Vaccination in Bombay 1902-1912 - 1902-1912
Year: 1902
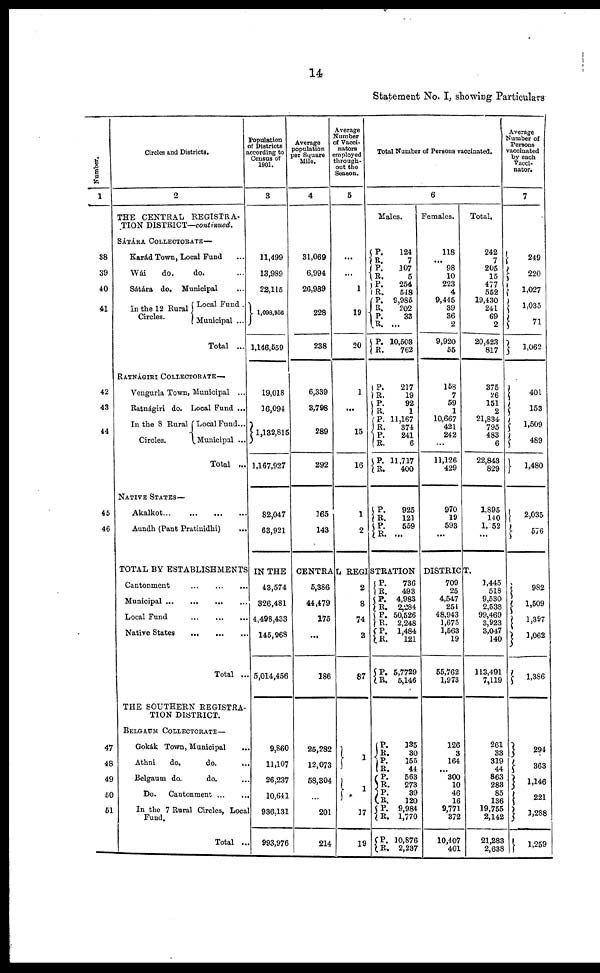
14
Statement No. I, showing Particulars
Number.
1
38
39
40
41
42
43
44
45
46
47
48
49
50
51
Circles and Districts.
2
THE CENTRAL REGISTRA-
TION DISTRICT—continued.
SÁTÁRA COLLECTORATE—
Karád Town, Local Fund ...
Wái
do.
do. ...
Sátára do. Municipal ...
In the 12 Rural
Circles.
Local Fund .
Municipal ...
Total ...
RATNÁGIRI COLLECTORATE—
Vengurla Town, Municipal ...
Ratnágiri do. Local Fund ...
In the 8 Rural
Circles.
Local Fund...
Municipal ...
Total ...
NATIVE STATES—
Akalkot...
...
...
...
Aundh (Pant Pratinidhi) ...
Population
of Districts
according to
Census of
1901.
3
11,499
13,989
22,115
1,098,956
1,146,559
19,018
16,094
1,132,815
1,167,927
82,047
63,921
Average
population
per Square
Mile.
4
31,069
6,994
26,989
228
238
6,339
3,798
289
292
165
143
Average
Number
of Vacci¬
nators
employed
through¬
out the
Season.
5
...
...
1
19
20
1
...
15
16
1
2
Total Number of Persons vaccinated.
6
Males.
P.
R.
P.
R.
P.
R.
P.
R. P.
R.
P.
R.
124
7
107
5
254
548
9,985
202
33
...
10,503
762
P.
R.
P. R.
P.
R.
P.
R.
P. R.
217
19
92
1
11,167
374
241
6
11,717
400
P.
R.
P.
R.
925
121
559
...
Females.
118
... 98
10
223
4
9,445
39
36
2
9,920
55
158
7
59
1
10,667
421
242
...
11,126
429
970
19
593
...
Total.
242
7
205
15
477
552
19,430
241
69
2
20,423
817
375
26
151
2
21,834
795
483
6
22,843
829
1,895
140
1,152
...
Average
Number of
Persons
vaccinated
by each
Vacci¬
nator.
7
249
220
1,027
1,035
71
1,062
401
153
1,509
489
1,480
2,035
576
TOTAL BY ESTABLISHMENTS IN THE CENTRAL REGISTRATION DISTRICT.
Cantonment
...
...
...
Municipal...
...
...
Local Fund
...
...
...
Native
State...
...
...
Total ...
THE SOUTHERN REGISTRA-
TION DISTRICT.
BELGAUM COLLECTORATE—
Gokák Town, Municipal ...
Athni
do.
do. ...
Belgaum do.
do. ...
Do.
Cantonment... ...
In the 7 Rural Circles, Local
Fund.
Total ...
43,574
326,481
4,498,433
145,968
5,014,456
9,860
11,107
26,237
10,641
936,131
993,976
5,386
44,479
175
...
186
25,282
12,073
58,304
...
201
214
2
8
74
3
87
1
1
17
19
P.
R.
P.
R.
P.
R.
P.
R.
P.
R.
736
493
4,983
2,284
50,526
2,248
1,484
121
5,7729
5,146
P.
R.
P.
R. P.
R.
P.
R.
P.
R.
P.
R.
135
30
155
44
563
273
39
120
9,984
1,770
10,876
2,237
709
25
4,547
254
48,943
1,675
1,563
19
55,762
1,973
126
3
164
... 300
10
46
16
9,771
372
10,407
401
1,445
518
9,530
2,538
99,469
3,923
3,047
140
113,491
7,119
261
33
319
44
863
283
85
136
19,755
2,142
21,283
2,638
982
1,509
1,397
1,062
1,386
294
363
1,146
221
1,288
1,259